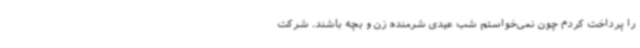
را پرداخت کردم چون نمی‌خواستم شب عیدی شرمنده زن و بچه باشند. شرکت